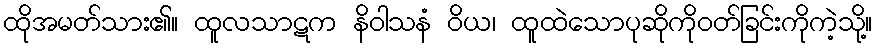
ထိုအမတ်သား၏။ ထူလသာဋက နိဝါသနံ ဝိယ၊ ထူထဲသောပုဆိုကိုဝတ်ခြင်းကိုကဲ့သို့။